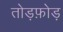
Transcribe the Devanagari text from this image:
तोड़फ़ोड़